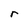
Character: r